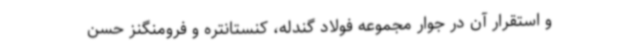
و استقرار آن در جوار مجموعه فولاد گندله، کنستانتره و فرومنگنز حسن